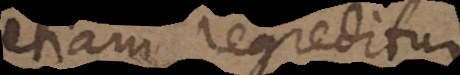
etiam regreditur